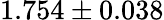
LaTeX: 1.754\pm 0.038